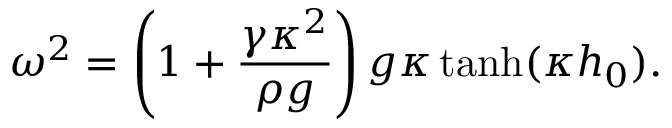
\omega ^ { 2 } = \left( 1 + \frac { \gamma \kappa ^ { 2 } } { \rho g } \right) g \kappa \operatorname { t a n h } ( \kappa h _ { 0 } ) .